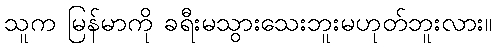
သူက မြန်မာကို ခရီးမသွားသေးဘူးမဟုတ်ဘူးလား။